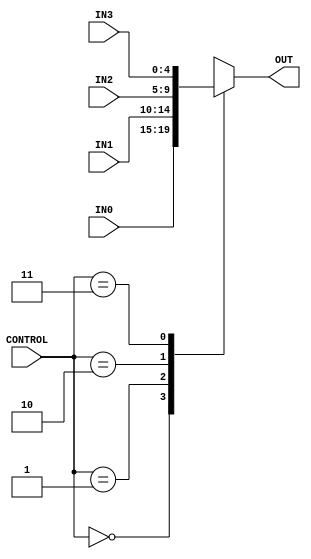
`timescale 1ns / 1ps
//////////////////////////////////////////////////////////////////////////////////
// Company: 
// Engineer: 
// 
// Design Name: 
// Module Name: Multiplexer_4way
// Project Name: 
// Target Devices: 
// Tool Versions: 
// Description: 
// 
// Dependencies: 
// 
// Revision:
// Revision 0.01 - File Created
// Additional Comments:
// 
//////////////////////////////////////////////////////////////////////////////////

module Multiplexer_4(
        input [1:0] CONTROL,
        input [4:0] IN0,
        input [4:0] IN1,
        input [4:0] IN2,
        input [4:0] IN3,
        output reg [4:0] OUT
    );
    always@(CONTROL or IN0 or IN1 or IN2 or IN3) begin
        case (CONTROL)
            2'b00: OUT <= IN0;
            2'b01: OUT <= IN1;
            2'b10: OUT <= IN2;
            2'b11: OUT <= IN3;
        default: OUT <= 5'b00000;
        endcase
    end
            
endmodule